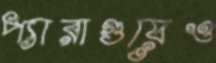
প্যারাগুয়েও